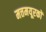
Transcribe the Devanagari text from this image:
मत्तमयूरकों